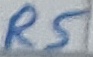
Text: R5